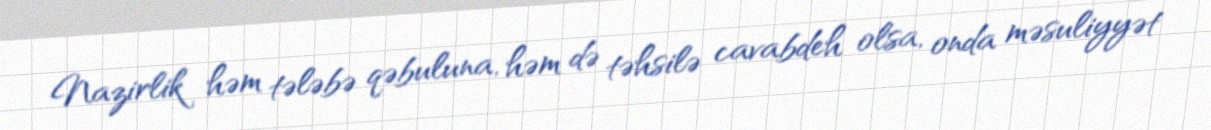
Nazirlik həm tələbə qəbuluna, həm də təhsilə cavabdeh olsa, onda məsuliyyət